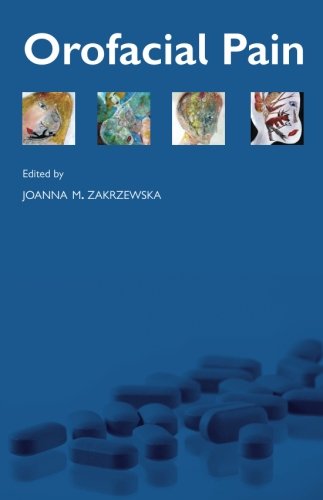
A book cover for Orofacial Pain; Medical Books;